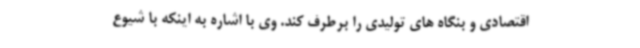
اقتصادی و بنگاه های تولیدی را برطرف کند. وی با اشاره به اینکه با شیوع